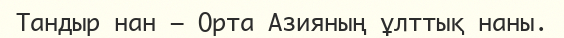
Тандыр нан — Орта Азияның ұлттық наны.